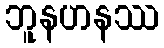
ဘူနဟနဿ